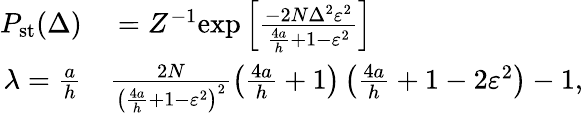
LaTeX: \begin{array}{rl}{P_{\mathrm{st}}(\Delta)}&{{}=Z^{-1}\mathrm{exp}\left[\frac{-2N\Delta^{2}\varepsilon^{2}}{\frac{4a}{h}+1-\varepsilon^{2}}\right]}\\ {\lambda=\frac{a}{h}}&{{}\frac{2N}{\left(\frac{4a}{h}+1-\varepsilon^{2}\right)^{2}}\left(\frac{4a}{h}+1\right)\left(\frac{4a}{h}+1-2\varepsilon^{2}\right)-1,}\end{array}